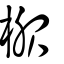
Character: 棴